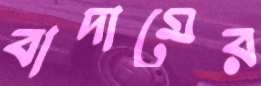
বাদামের